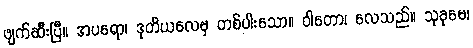
ဖျက်ဆီးပြီ။ အပရော၊ ဒုတိယလေမှ တစ်ပါးသော။ ဝါတော၊ လေသည်။ သုခုမေ၊